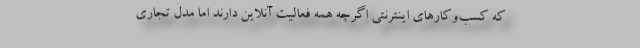
که کسب‌وکارهای اینترنتی اگرچه همه فعالیت آنلاین دارند اما مدل تجاری